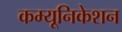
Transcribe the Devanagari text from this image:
कम्‍यूनिकेशन